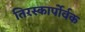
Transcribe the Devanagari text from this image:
तिरस्कार्पोर्वक